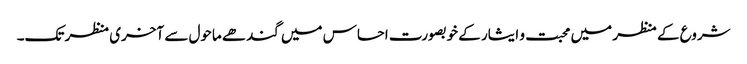
شروع کے منظر میں محبت و ایثار کے خوبصورت احساس میں گندھے ماحول سے آخری منظر تک۔